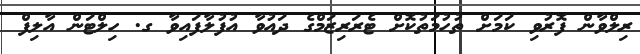
ރިލްވާން ފޮރުވި ކަމަށް ތުހުމަތުކޮށް ޓެރަރިޒަމްގެ ދައުވާ އުފުލާފައިވާ ގ. ހިލްޓަން އާލިފް